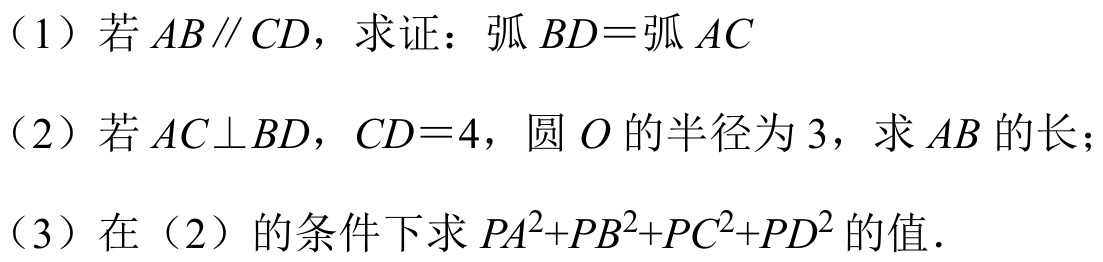
（1）若\(AB\parallel CD\)，求证：弧\(BD =\)弧\(AC\)
（2）若\(AC\perp BD\)，\(CD = 4\)，圆\(O\)的半径为\(3\)，求\(AB\)的长；
（3）在（2）的条件下求\(PA^{2}+PB^{2}+PC^{2}+PD^{2}\)的值.